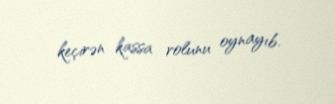
keçirən kassa rolunu oynayıb.